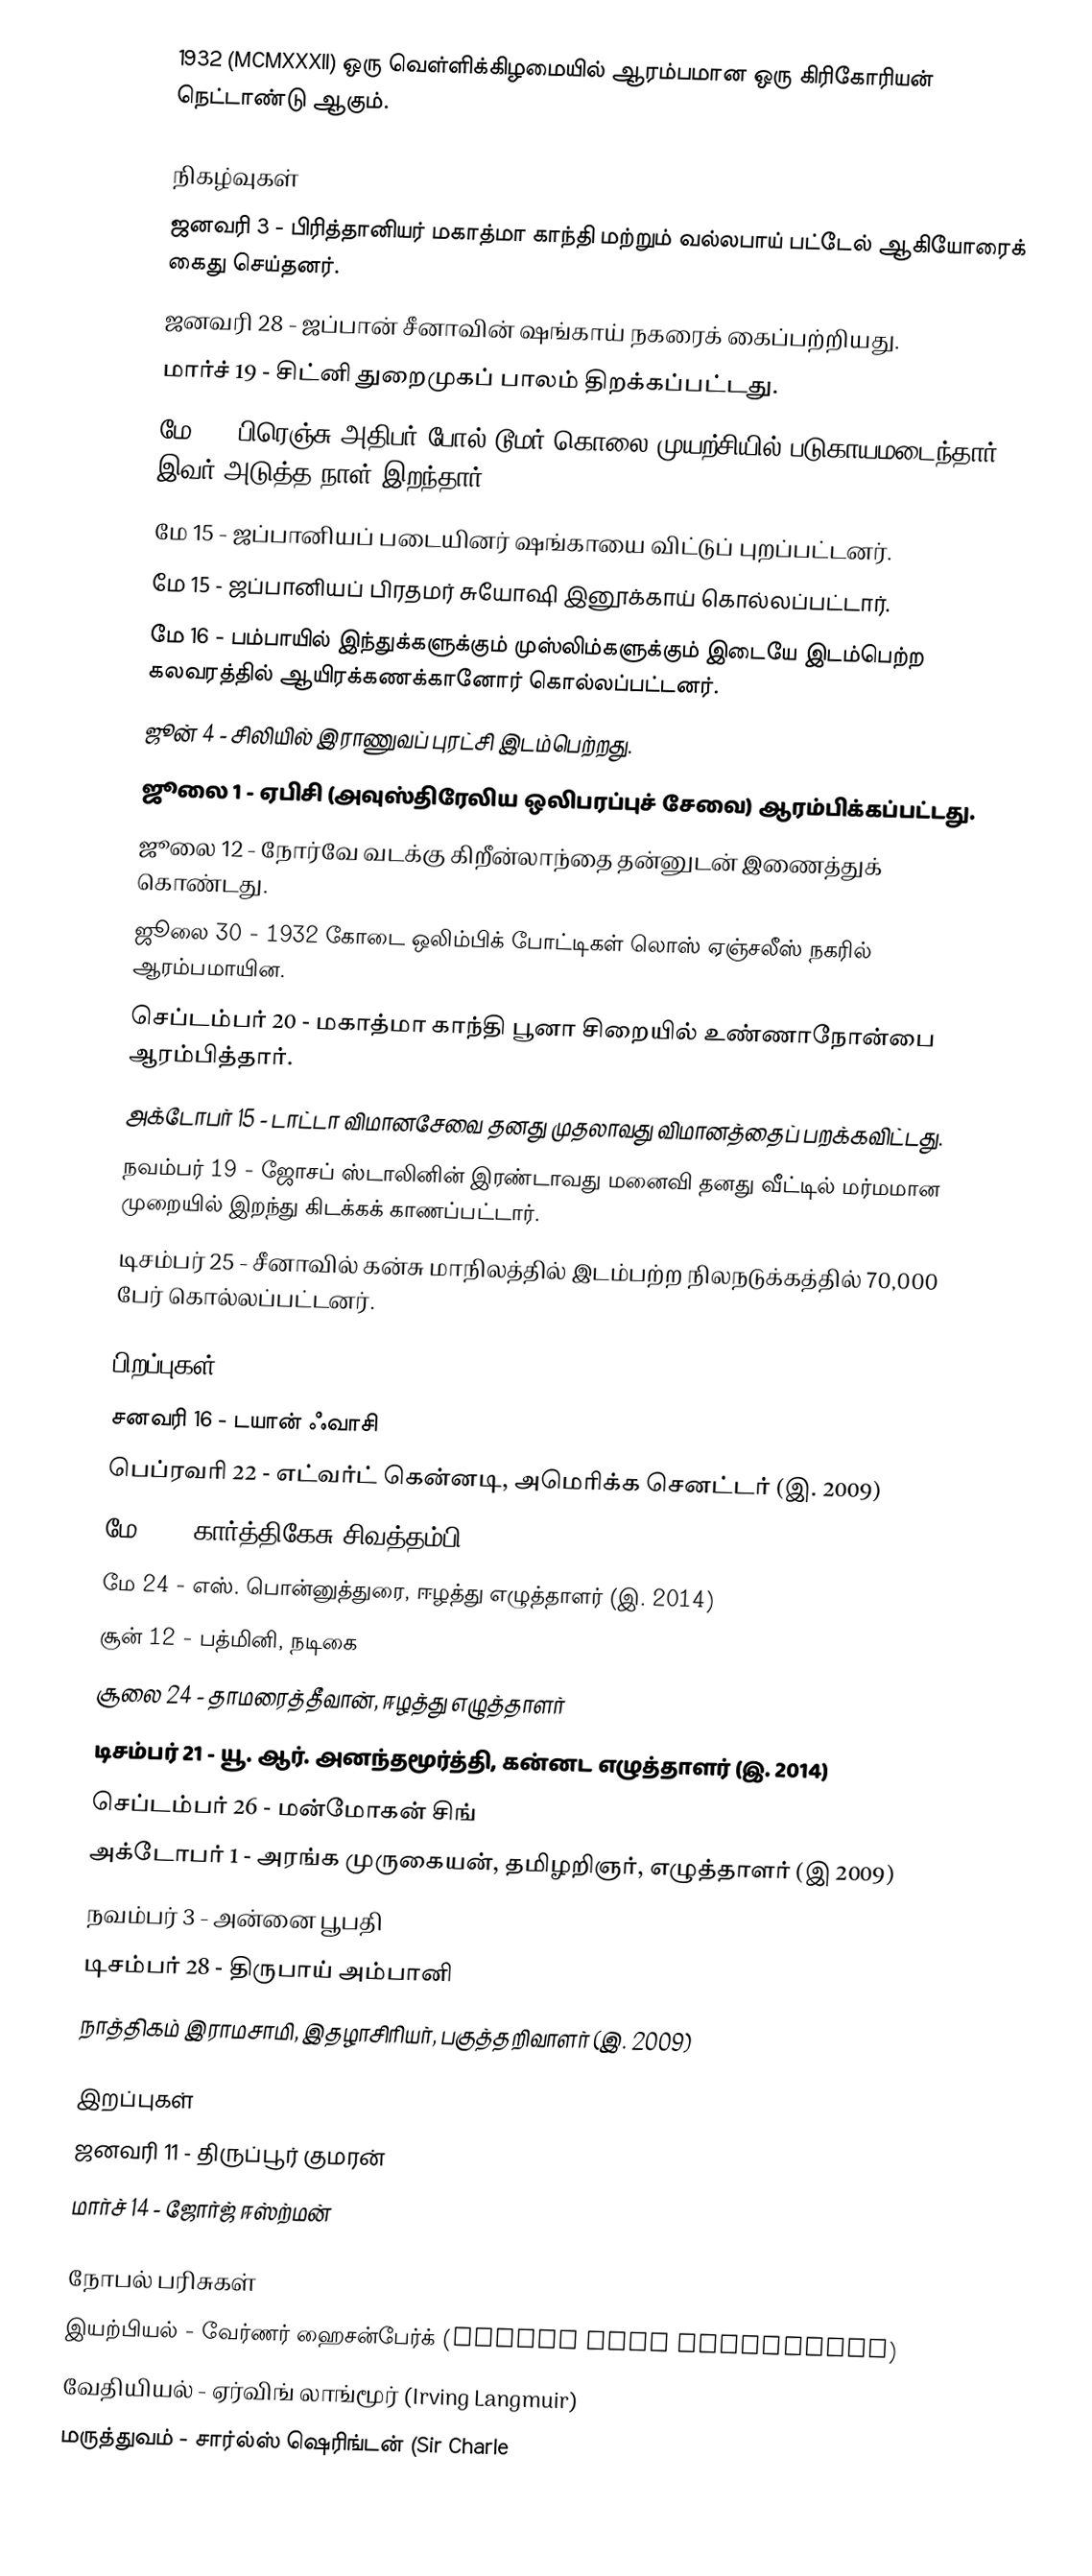
1932  (MCMXXXII) ஒரு வெள்ளிக்கிழமையில் ஆரம்பமான ஒரு கிரிகோரியன் நெட்டாண்டு ஆகும்.

நிகழ்வுகள்
 ஜனவரி 3 - பிரித்தானியர் மகாத்மா காந்தி மற்றும் வல்லபாய் பட்டேல் ஆகியோரைக் கைது செய்தனர்.
 ஜனவரி 28 - ஜப்பான் சீனாவின் ஷங்காய் நகரைக் கைப்பற்றியது.
 மார்ச் 19 - சிட்னி துறைமுகப் பாலம் திறக்கப்பட்டது.
 மே 6 - பிரெஞ்சு அதிபர் போல் டூமர் கொலை முயற்சியில் படுகாயமடைந்தார். இவர் அடுத்த நாள் இறந்தார்.
 மே 15 - ஜப்பானியப் படையினர் ஷங்காயை விட்டுப் புறப்பட்டனர்.
 மே 15 - ஜப்பானியப் பிரதமர் சுயோஷி இனூக்காய் கொல்லப்பட்டார்.
 மே 16 - பம்பாயில் இந்துக்களுக்கும் முஸ்லிம்களுக்கும் இடையே இடம்பெற்ற கலவரத்தில் ஆயிரக்கணக்கானோர் கொல்லப்பட்டனர்.
 ஜூன் 4 - சிலியில் இராணுவப் புரட்சி இடம்பெற்றது.
 ஜூலை 1 - ஏபிசி (அவுஸ்திரேலிய ஒலிபரப்புச் சேவை) ஆரம்பிக்கப்பட்டது.
 ஜூலை 12 - நோர்வே வடக்கு கிறீன்லாந்தை தன்னுடன் இணைத்துக் கொண்டது.
 ஜூலை 30 - 1932 கோடை ஒலிம்பிக் போட்டிகள் லொஸ் ஏஞ்சலீஸ் நகரில் ஆரம்பமாயின.
 செப்டம்பர் 20 - மகாத்மா காந்தி பூனா சிறையில் உண்ணாநோன்பை ஆரம்பித்தார்.
 அக்டோபர் 15 - டாட்டா விமானசேவை தனது முதலாவது விமானத்தைப் பறக்கவிட்டது.
 நவம்பர் 19 - ஜோசப் ஸ்டாலினின் இரண்டாவது மனைவி தனது வீட்டில் மர்மமான முறையில் இறந்து கிடக்கக் காணப்பட்டார்.
 டிசம்பர் 25 - சீனாவில் கன்சு மாநிலத்தில் இடம்பற்ற நிலநடுக்கத்தில் 70,000 பேர் கொல்லப்பட்டனர்.

பிறப்புகள்
 சனவரி 16 - டயான் ஃவாசி
 பெப்ரவரி 22 - எட்வர்ட் கென்னடி, அமெரிக்க செனட்டர் (இ. 2009)
 மே 10 - கார்த்திகேசு சிவத்தம்பி
 மே 24 - எஸ். பொன்னுத்துரை, ஈழத்து எழுத்தாளர் (இ. 2014)
 சூன் 12 - பத்மினி, நடிகை
 சூலை 24 - தாமரைத்தீவான், ஈழத்து எழுத்தாளர்
 டிசம்பர் 21 - யூ. ஆர். அனந்தமூர்த்தி, கன்னட எழுத்தாளர் (இ. 2014)
 செப்டம்பர் 26 - மன்மோகன் சிங்
 அக்டோபர் 1 - அரங்க முருகையன், தமிழறிஞர், எழுத்தாளர் (இ 2009)
 நவம்பர் 3 - அன்னை பூபதி
 டிசம்பர் 28 - திருபாய் அம்பானி
 நாத்திகம் இராமசாமி, இதழாசிரியர், பகுத்தறிவாளர் (இ. 2009)

இறப்புகள்
 ஜனவரி 11 - திருப்பூர் குமரன்
 மார்ச் 14 - ஜோர்ஜ் ஈஸ்ற்மன்

நோபல் பரிசுகள்
 இயற்பியல் - வேர்ணர் ஹைசன்பேர்க் (Werner Karl Heisenberg)
 வேதியியல் - ஏர்விங் லாங்மூர் (Irving Langmuir)
 மருத்துவம் - சார்ல்ஸ் ஷெரிங்டன் (Sir Charle